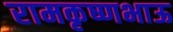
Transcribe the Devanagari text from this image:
रामकृष्णभाऊ